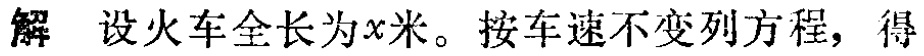
解 设火车全长为\(x\)米。按车速不变列方程，得